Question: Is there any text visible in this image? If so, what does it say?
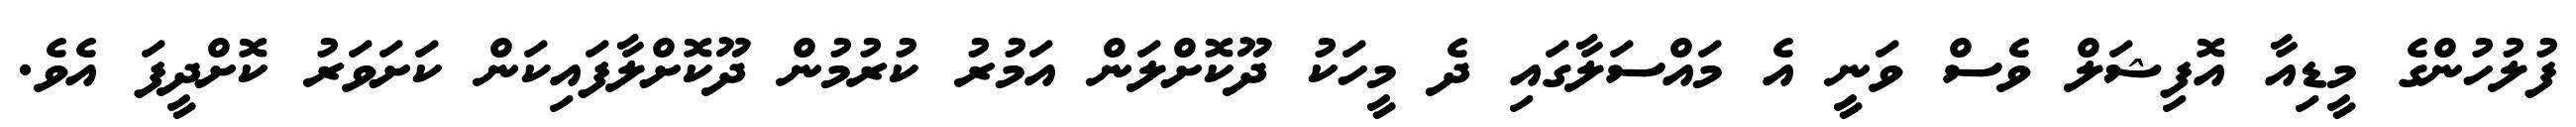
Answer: ފުލުހުންގެ މީޑިއާ އޮފިޝަލް ވެސް ވަނީ އެ މައްސަލާގައި ދެ މީހަކު ދޫކޮށްލަން އަމުރު ކުރުމުން ދޫކޮށްލާފައިކަން ކަށަވަރު ކޮށްދީފަ އެވެ.